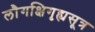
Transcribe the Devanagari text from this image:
लौगक्षिगृह्यसूत्र